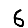
Digit: 6